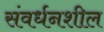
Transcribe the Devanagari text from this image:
संवर्धनशील